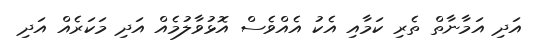
އަދި އަމާނާތް ތެރި ކަމާއި އެކު އެއްވެސް އޮޅުވާލުމެއް އަދި މަކަރެއް އަދި